Medical and sanitary report of the native army of Bengal for the year
Year: 1875
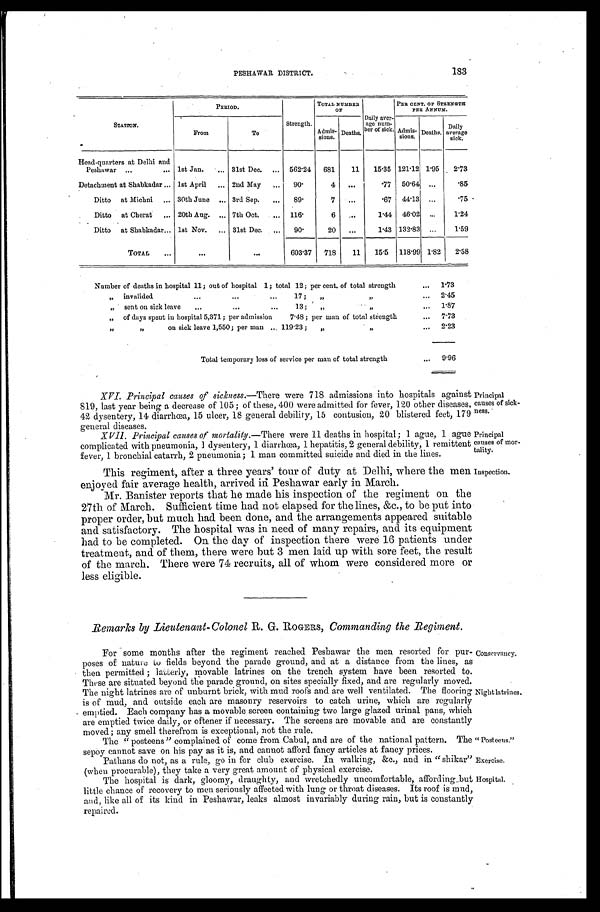
Principal
causes of sick-
ness.
Principal
causes of mor-
tality.
Exercise.
Hospital.
183
PESHAWAR DISTRICT.
STATION.
PERIOD.
TOTAL NUMBER
O F
PER CENT. OF STRENGTH
PER ANNUM.
From
To
Strength.
Admis- s i o n s . Deaths.
Daily aver-
age num-
ber of sick. Admis-
sions. Deaths.
D a i l y a v e r a g e
sick.
Head-quarters at Delhi and
Peshawar
...
... 1st Jan.
...
31st Dec. ... 562.24 681
11
15.35 121.12 1.95 2.73
Detachment at Shabkadar ... 1st April ... 2nd May ...
90.
4 ...
.77 50.64
...
.85
Ditto at Michni
...
30th June
...
3rd Sep.
...
89.
7
...
.67 44.13
...
.75
Ditto at Cherat ... 20th Aug. ... 7th Oct.
... 116.
6
...
1.44 46.02 ...
1.24
Ditto at Shabkadar... lst Nov.
...
31st Dec. ...
90.
20 ...
1.43 132.83
...
1.59
TOTAL
...
... ...
603.37 718
11
15.5 118.99 1.82
2.58
Number of deaths in hospital 11; out of hospital 1; total 12; per cent. of total strength
... 1.73
„ invalided
...
...
...
17;
„ „
... 2.45
„ sent on sick leave
...
...
...
13; „
„
...
1.87
„ of days spent in hospital 5,371; per admission
7.48 ; per man of total streng,th.
... 7.73
„ „
on sick leave 1,550; per man ... 119.23; „
„
...
2.23
Total temporary loss of service per man of total strength
...
9.96
XVI. Principal causes of sickness.— There were 718 admissions into hospitals against
819, last year being a decrease of 105 ; of these, 400 were admitted for fever, 120 other diseases,
42 dysentery, 14 diarrhœa, 15 ulcer, 18 general debility, 15 contusion, 20 blistered feet, 179
general diseases.
XVII. Principal causes of mortality— There were 11 deaths in hospital ; 1 ague, 1 ague
compl i cat ed wi t h pneumoni a, 1 dysent ery, 1 di arrhœa, 1 hepat i t i s, 2 general debi l i t y, 1 remi t t ent
fever, 1 bronchial catarrh, 2 pneumonia; 1 man committed suicide and died in the lines.
This regiment, after a three years' tour of duty at Delhi, where the men
enjoyed fair average health, arrived in Peshawar early in March.
Mr. Banister reports that he made his inspection of the regiment on the
27th of March. Sufficient time had not elapsed for the lines, &c., to be put into
proper order, but much had been done, and the arrangements appeared suitable
and satisfactory. The hospital was in need of many repairs, and its equipment
had to be completed. On the day of inspection there were 16 patients under
treatment, and of them, there were but 3 men laid up with sore feet, the result
of the march. There were 74 recruits, all of whom were considered more or
less eligible.
Inspection.
Remarks by Lieutenant- Colonel R. G. ROGERS, Commanding the Regiment.
For some months after the regiment reached Peshawar the men resorted for pur-
poses of nature to fields beyond the parade ground, and at a distance from the lines, as
then permitted ; latterly, movable latrines on the trench system have been resorted to.
These are situated beyond the parade ground, on sites specially fixed, and are regularly moved.
The night latrines are of unburnt brick, with mud roofs and are well ventilated. The flooring
is of mud, and outside each are masonry reservoirs to catch urine, which are regularly
emptied. Each company has a movable screen containing two large glazed urinal pans, which
are emptied twice daily, or oftener if necessary. The screens are movable and are constantly
moved; any smell therefrom is exceptional, not the rule.
Conservancy.
Night latrines.
The " posteens " complained of come from Cabul, and are of the national pattern.
sepoy cannot save on his pay as it is, and cannot afford fancy articles at fancy prices.
The "Posteens."
Pathans do not, as a rule, go in for club exercise. in walking, &c., and in "shikar"
(when procurable), they take a very great amount of physical exercise.
The hospital is dark, gloomy, draughty, and wretchedly uncomfortable, affording but
little chance of recovery to men seriously affected with lung or throat diseases. Its roof is mud,
and, like all of its kind in Peshawar, leaks almost invariably during rain, but is constantly
repaired.